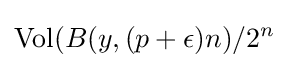
{\text{Vol}}(B(y,(p+\epsilon )n)/2^{n}